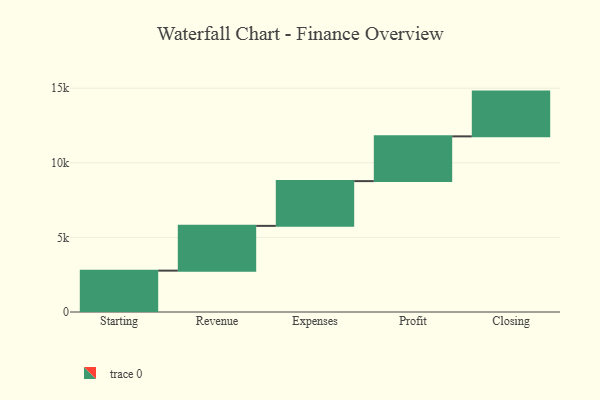
{"axis": {"x": "Step", "y": "Value"}, "legend": [""], "data": [{"x": "Starting", "y": 2773.0, "type": ""}, {"x": "Revenue", "y": 3000, "type": ""}, {"x": "Expenses", "y": 3000, "type": ""}, {"x": "Profit", "y": 3000, "type": ""}, {"x": "Closing", "y": 3000, "type": ""}]}